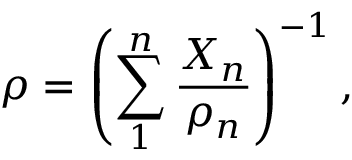
\rho = \left( \sum _ { 1 } ^ { n } \frac { X _ { n } } { \rho _ { n } } \right) ^ { - 1 } ,